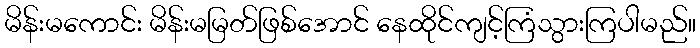
မိန်းမကောင်း မိန်းမမြတ်ဖြစ်အောင် နေထိုင်ကျင့်ကြံသွားကြပါမည်။